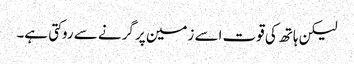
لیکن ہاتھ کی قوت اسے زمین پر گرنے سے روکتی ہے۔